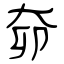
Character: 奅